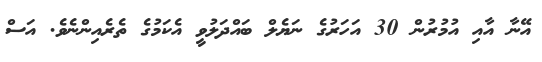
އޭނާ އާއި އުމުރުން 30 އަހަރުގެ ނަޔެލް ބައްދަލުވީ އެކަމުގެ ތެރެއިންނެވެ. އަސް